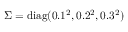
\Sigma = \operatorname { d i a g } ( 0 . 1 ^ { 2 } , 0 . 2 ^ { 2 } , 0 . 3 ^ { 2 } )